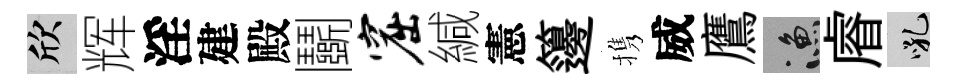
欣辉淫建殿鬬窟緘憲籩携威鷹漁𥈠吼